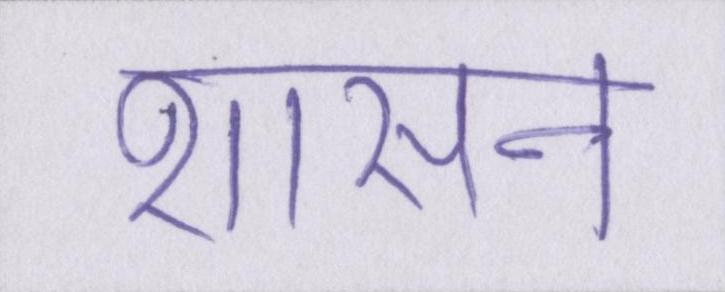
शासन